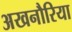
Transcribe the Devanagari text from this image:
अखनौरिया